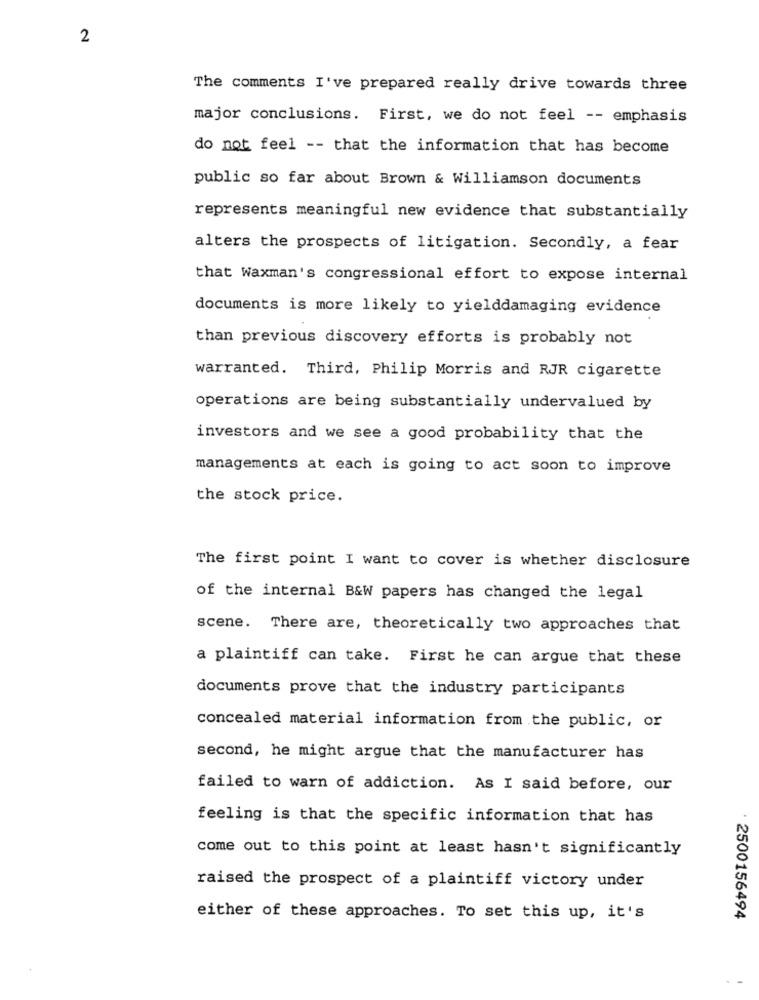
2
The comments I've prepared really drive towards three
major conclusions. First, we do not feel -- emphasis
do not feel -- that the information that has become
public so far about Brown & Williamson documents
represents meaningful new evidence that substantially
alters the prospects of litigation. Secondly, a fear
that Waxman's congressional effort to expose internal
documents is more likely to yielddamaging evidence
than previous discovery efforts is probably not
warranted. Third, Philip Morris and RJR cigarette
operations are being substantially undervalued by
investors and we see a good probability that the
managements at each is going to act soon to improve
the stock price.
The first point I want to cover is whether disclosure
of the internal B&W papers has changed the legal
scene. There are, theoretically two approaches that
a plaintiff can take. First he can argue that these
documents prove that the industry participants
concealed material information from the public, or
second, he might argue that the manufacturer has
failed to warn of addiction. As I said before, our
feeling is that the specific information that has
come out to this point at least hasn't significantly
raised the prospect of a plaintiff victory under
either of these approaches. To set this up, it's
· 2500156494